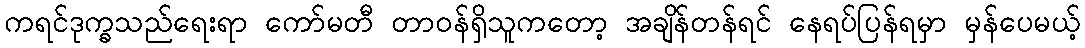
ကရင်ဒုက္ခသည်ရေးရာ ကော်မတီ တာဝန်ရှိသူကတော့ အချိန်တန်ရင် နေရပ်ပြန်ရမှာ မှန်ပေမယ့်